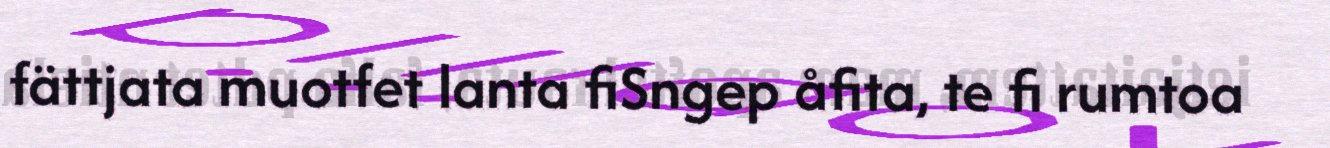
fättjata muotfet lanta fiSngep åfita, te fi rumtoa